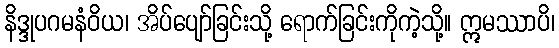
နိဒ္ဒုပဂမနံဝိယ၊ အိပ်ပျော်ခြင်းသို့ ရောက်ခြင်းကိုကဲ့သို့။ ဣမဿာပိ၊